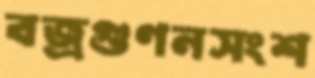
বজ্রগুণনসংশ